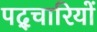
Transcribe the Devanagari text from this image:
पद्चारियों